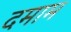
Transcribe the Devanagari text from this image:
दमाम